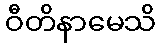
ဝီတိနာမေသိ